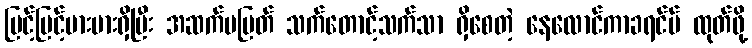
မြင့်မြင့်မားမားရှိပြီး အဆက်မပြတ် သက်တောင့်သက်သာ ရှိစေတဲ့ နေလောင်ကာခရင်မ် ထုတ်ဖို့